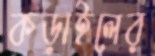
কড়াইলের